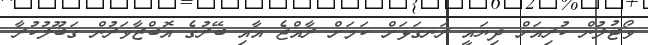
ވޯޓުލުން ކުރިއަށް ދިޔައީ ރަނގަޅަށް ކަމަށް ރާއްޖެ އާއި ބޭރުގެ އޮބްޒާވަރުން ގަބޫލުކުރާ